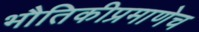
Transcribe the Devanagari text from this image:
भौतिकीप्रमाणेच